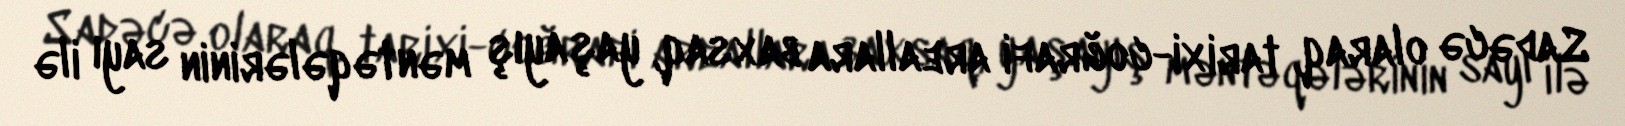
Sadəcə olaraq, tarixi-coğrafi areallara baxsaq, yaşayış məntəqələrinin sayı ilə